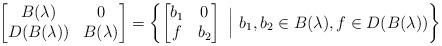
LaTeX: \begin{align*} \begin{bmatrix} B(\lambda) & 0 \\ D(B(\lambda)) & B(\lambda) \end{bmatrix} = \left\{ \begin{bmatrix} b_1 & 0 \\ f & b_2 \end{bmatrix} \ \Big|\ b_1, b_2 \in B(\lambda), f \in D(B(\lambda)) \right\}\end{align*}